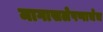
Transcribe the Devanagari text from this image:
मागासलेपणाचेच